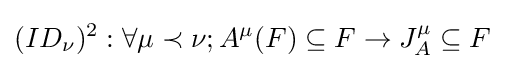
(ID_{\nu })^{2}:\forall \mu \prec \nu ;A^{\mu }(F)\subseteq F\rightarrow J_{A}^{\mu }\subseteq F